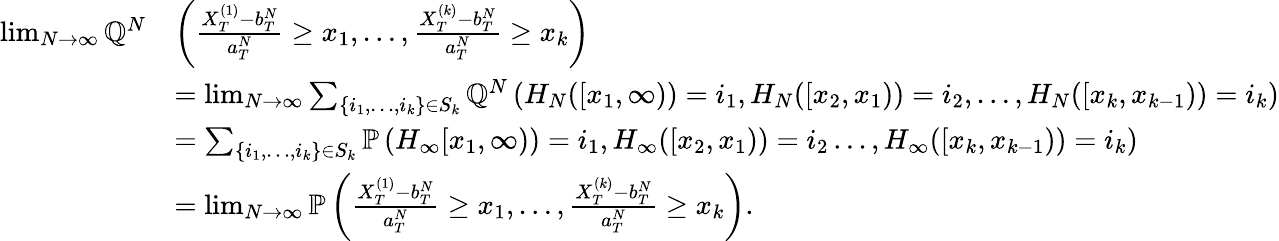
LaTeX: \begin{array}{rl}{\operatorname*{lim}_{N\to\infty}\mathbb{\mathbb Q}^{N}}&{\left(\frac{X_{T}^{(1)}-b_{T}^{N}}{a_{T}^{N}}\geq x_{1},\ldots,\frac{X_{T}^{(k)}-b_{T}^{N}}{a_{T}^{N}}\geq x_{k}\right)}\\ &{=\operatorname*{lim}_{N\to\infty}\sum_{\{ i_{1},\ldots,i_{k}\} \in S_{k}}{\mathbb Q}^{N}\left(H_{N}([x_{1},\infty))=i_{1},H_{N}([x_{2},x_{1}))=i_{2},\ldots,H_{N}([x_{k},x_{k-1}))=i_{k}\right)}\\ &{=\sum_{\{ i_{1},\ldots,i_{k}\} \in S_{k}}{\mathbb P}\left(H_{\infty}[x_{1},\infty))=i_{1},H_{\infty}([x_{2},x_{1}))=i_{2}\ldots,H_{\infty}([x_{k},x_{k-1}))=i_{k}\right)}\\ &{=\operatorname*{lim}_{N\to\infty}{\mathbb P}\left(\frac{X_{T}^{(1)}-b_{T}^{N}}{a_{T}^{N}}\geq x_{1},\ldots,\frac{X_{T}^{(k)}-b_{T}^{N}}{a_{T}^{N}}\geq x_{k}\right).}\end{array}